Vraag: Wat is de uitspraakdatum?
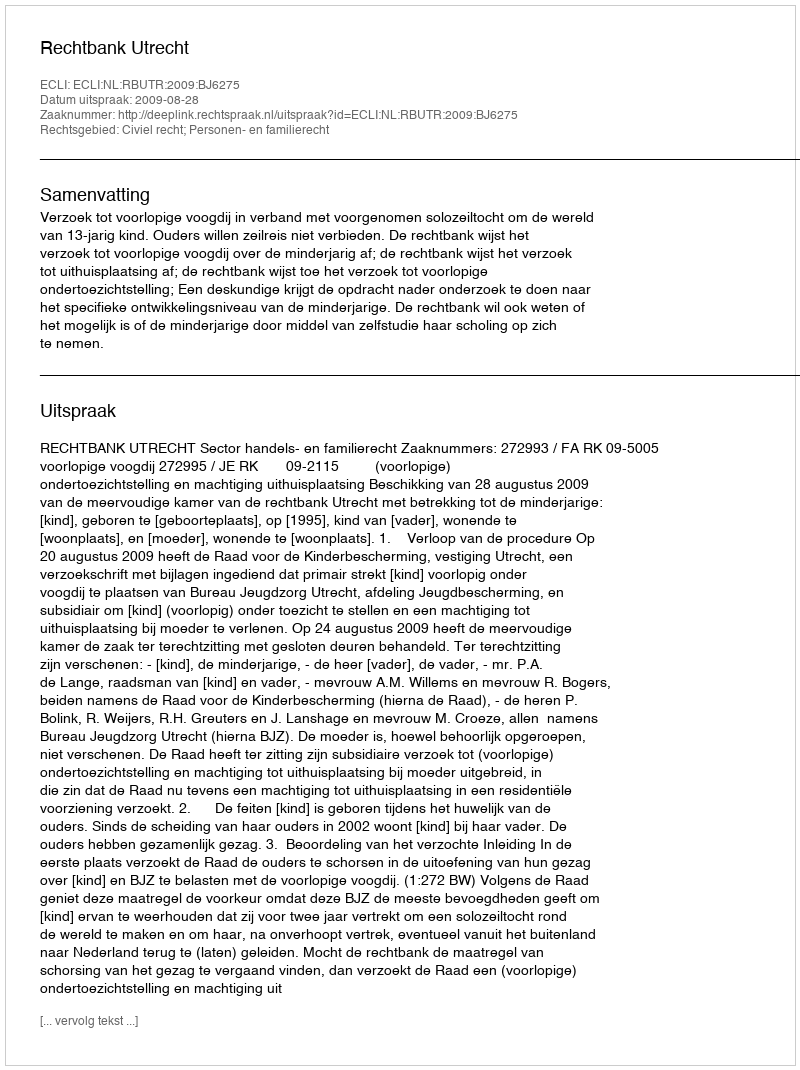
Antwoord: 2009-08-28